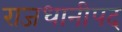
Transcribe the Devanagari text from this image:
राजधानीपद